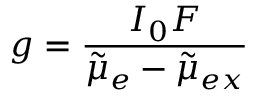
g = \frac { I _ { 0 } F } { \tilde { \mu } _ { e } - \tilde { \mu } _ { e x } }